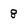
Character: 8